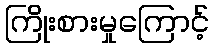
ကြိုးစားမှုကြောင့်